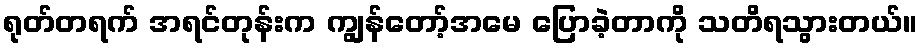
ရုတ်တရက် အရင်တုန်းက ကျွန်တော့်အမေ ပြောခဲ့တာကို သတိရသွားတယ်။